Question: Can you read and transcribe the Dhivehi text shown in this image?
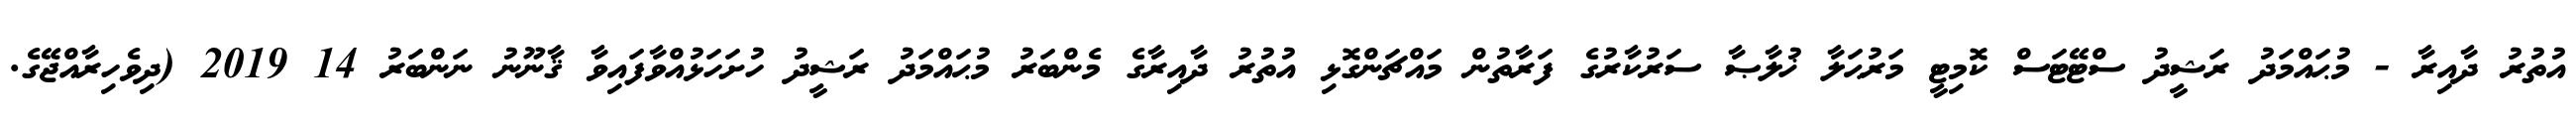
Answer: އުތުރު ދާއިރާ - މުޙައްމަދު ރަޝީދު ސްޓޭޓަސް ކޮމިޓީ މަރުޙަލާ ޚުލާޞާ ސަރުކާރުގެ ފަރާތުން މައްޗަންގޮޅި އުތުރު ދާއިރާގެ މެންބަރު މުޙައްމަދު ރަޝީދު ހުށަހަޅުއްވާފައިވާ ޤާނޫނު ނަންބަރު 14 2019 (ދިވެހިރާއްޖޭގެ.